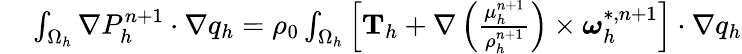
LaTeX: \begin{array}{rl}{\small}&{{}\int_{\Omega_{h}}\nabla P_{h}^{n+1}\cdot\nabla q_{h}=\rho_{0}\int_{\Omega_{h}}\left[\textbf{T}_{h}+\nabla\left(\frac{\mu_{h}^{n+1}}{\rho_{h}^{n+1}}\right)\times\boldsymbol{\omega}_{h}^{*,n+1}\right]\cdot\nabla q_{h}}\end{array}